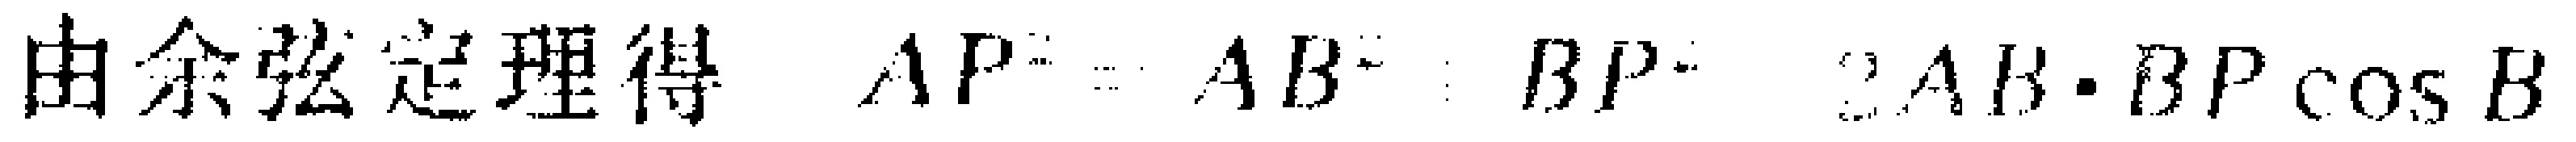
由余弦定理得 \(AP^{2}=AB^{2}+BP^{2}-2AB\cdot BP\cos B\)